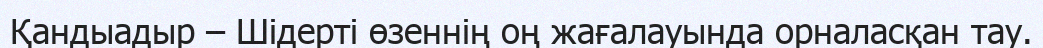
Қандыадыр – Шідерті өзеннің оң жағалауында орналасқан тау.